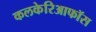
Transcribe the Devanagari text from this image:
कलकेरिआफॉस